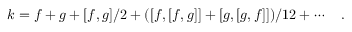
k = f + g + [ f , g ] / 2 + ( [ f , [ f , g ] ] + [ g , [ g , f ] ] ) / 1 2 + \cdots \quad .